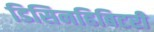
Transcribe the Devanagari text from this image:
डिसिनहिबिटरी